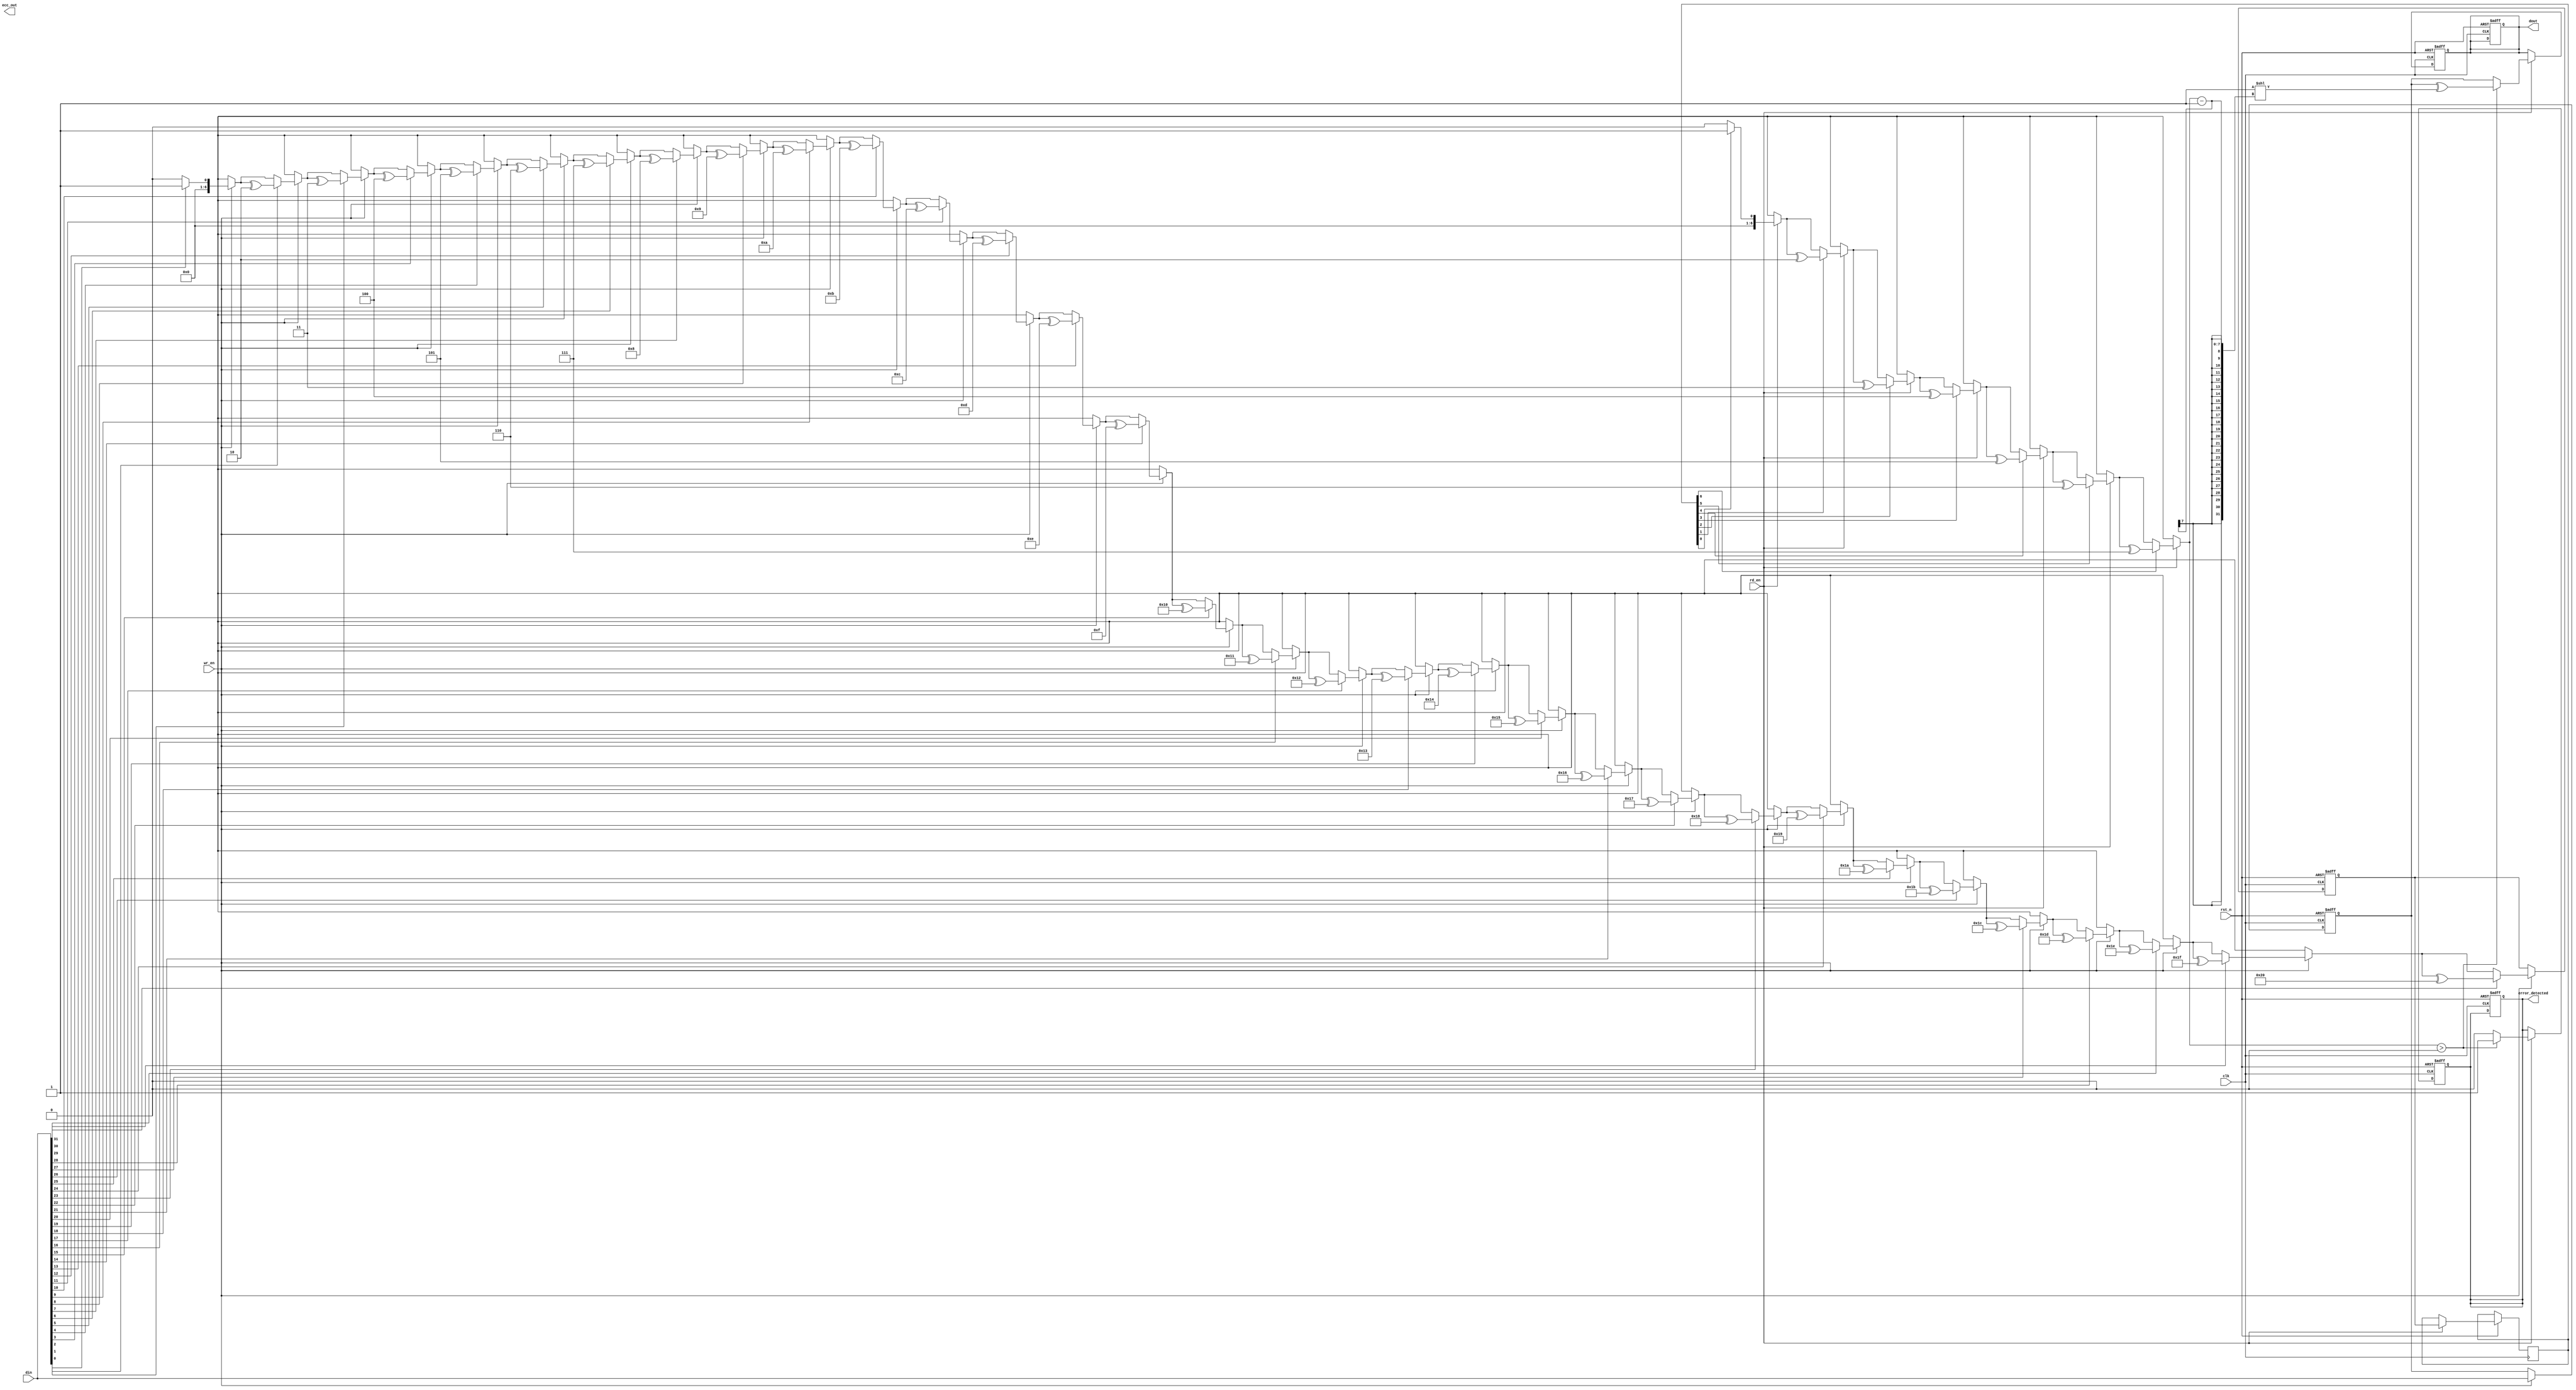
module ecc_dram_io_block #(
    parameter DATA_WIDTH = 32, // Data width (8, 16, 32, etc.)
    parameter ECC_WIDTH = 7     // Hamming code ECC bits for 32 data bits
)(
    input wire clk,                 // Clock signal
    input wire rst_n,               // Active low reset
    input wire [DATA_WIDTH-1:0] din, // Data input from external bus
    input wire wr_en,               // Write enable
    input wire rd_en,               // Read enable
    output reg [DATA_WIDTH-1:0] dout, // Data output to external bus
    output reg error_detected,      // Error detected signal
    output reg [ECC_WIDTH-1:0] ecc_out // ECC output
);

    // Internal signals
    reg [DATA_WIDTH-1:0] data_reg; // Register to hold data
    reg [ECC_WIDTH-1:0] ecc_reg;    // Register to hold ECC bits
    reg [ECC_WIDTH-1:0] ecc_check;  // Register to hold ECC check bits

    // Hamming code generation (simplified)
    function [ECC_WIDTH-1:0] generate_ecc;
        input [DATA_WIDTH-1:0] data;
        integer i;
        reg [ECC_WIDTH-1:0] ecc;
        begin
            ecc = 0;
            // Example Hamming code generation logic (parity bits)
            for (i = 0; i < DATA_WIDTH; i = i + 1) begin
                if (data[i]) begin
                    ecc = ecc ^ (i + 1); // Simple parity calculation
                end
            end
            generate_ecc = ecc;
        end
    endfunction

    // ECC error correction (simplified)
    function [DATA_WIDTH-1:0] correct_data;
        input [DATA_WIDTH-1:0] data;
        input [ECC_WIDTH-1:0] ecc;
        integer i;
        reg [ECC_WIDTH-1:0] error_position;
        begin
            error_position = 0;
            // Example error detection logic (parity check)
            for (i = 0; i < ECC_WIDTH; i = i + 1) begin
                if (ecc[i]) begin
                    error_position = error_position ^ (i + 1);
                end
            end
            // If error_position is non-zero, correct the data
            if (error_position > 0) begin
                correct_data = data ^ (1 << (error_position - 1)); // Flip the bit at error position
                error_detected = 1;
            end else begin
                correct_data = data;
                error_detected = 0;
            end
        end
    endfunction

    // Write operation
    always @(posedge clk or negedge rst_n) begin
        if (!rst_n) begin
            data_reg <= 0;
            ecc_reg <= 0;
            dout <= 0;
            error_detected <= 0;
        end else if (wr_en) begin
            data_reg <= din; // Store input data
            ecc_reg <= generate_ecc(din); // Generate ECC bits
        end
    end

    // Read operation
    always @(posedge clk or negedge rst_n) begin
        if (!rst_n) begin
            dout <= 0;
            error_detected <= 0;
        end else if (rd_en) begin
            ecc_check <= ecc_reg; // Assume we read ECC bits from memory
            dout <= correct_data(data_reg, ecc_check); // Correct data if necessary
        end
    end

endmodule